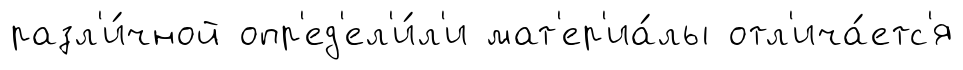
разл'и́чной опр'ед'ел'и́л'и мат'ер'иа́лы отл'ича́етс'я